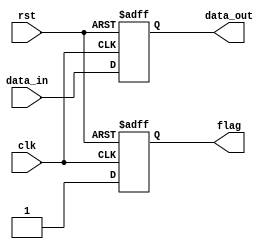
module reset_condition_block (
    input wire clk,         // Clock input
    input wire rst,         // Reset signal (active high)
    input wire [7:0] data_in, // Some example input data
    output reg [7:0] data_out, // Output data
    output reg flag        // Example output flag
);

// Asynchronous Reset
always @(posedge clk or posedge rst) begin
    if (rst) begin
        // State Initialization
        data_out <= 8'b0; // Setting output data to 0
        flag <= 1'b0;      // Clearing flag
    end else begin
        // Normal operational mode (simplified)
        data_out <= data_in; // Pass through input data
        flag <= 1'b1;        // Set flag indicating operational mode
    end
end

endmodule